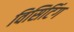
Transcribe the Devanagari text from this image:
विसिटिंग